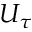
U _ { \tau }